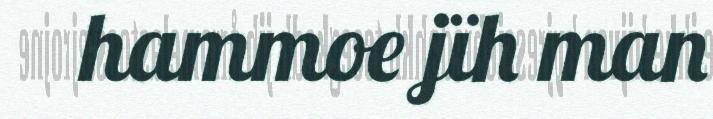
hammoe jïh man